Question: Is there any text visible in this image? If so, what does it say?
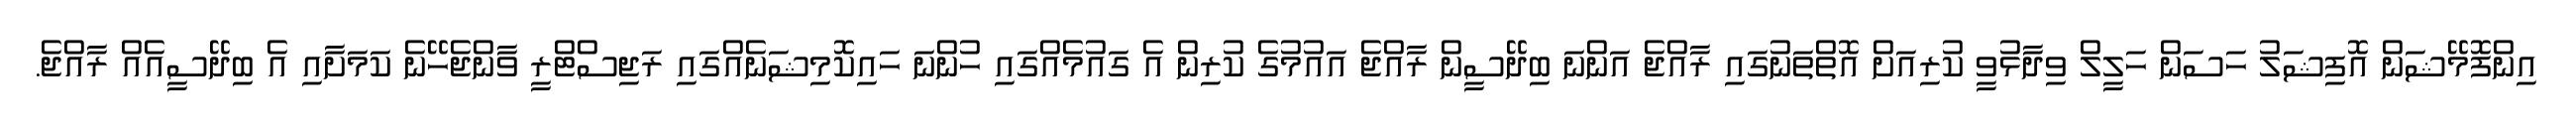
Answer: އިންފޮމޭޝަން އޮފިޝަލު ހަސަން ހަލީލް ވިދާޅުވީ ކުރިއަށް އޮތްތަނުގައި ރާއްޖެ އަންނަ ބިދޭސީން ރާއްޖެ އައުމުގެ ކުރިން އެ ގައުމެއްގައި ހުންނަ ހައިކޮމިޝަނެއްގައި ރަޖިސްޓްރީ ވާންޖެހޭނެ ކަމަށާއި އެ ބިދޭސީއެއް ރާއްޖެ.